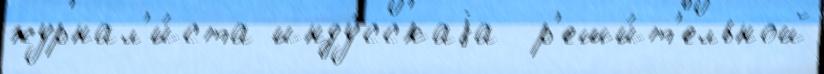
журнал'и́ста инду́сскаjа  р'еши́т'ельной